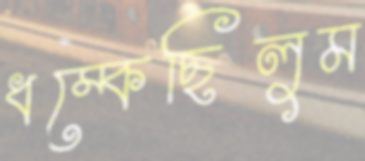
ধম্‌কেছিলুম